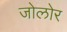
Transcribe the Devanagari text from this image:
जोलोर